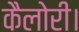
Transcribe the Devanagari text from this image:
कैलोरी।